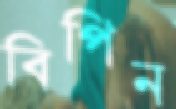
বিপিন